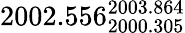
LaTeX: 2002.556_{2000.305}^{2003.864}